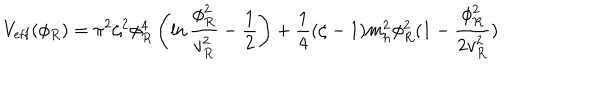
V _ { \mathrm { e f f } } ( \phi _ { R } ) = \pi ^ { 2 } \zeta ^ { 2 } \phi _ { R } ^ { 4 } \left( \ln { \frac { \phi _ { R } ^ { 2 } } { v _ { R } ^ { 2 } } } - { \frac { 1 } { 2 } } \right) + { \frac { 1 } { 4 } } ( \zeta - 1 ) m _ { h } ^ { 2 } \phi _ { R } ^ { 2 } ( 1 - { \frac { \phi _ { R } ^ { 2 } } { 2 v _ { R } ^ { 2 } } } )